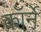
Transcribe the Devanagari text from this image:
कॉर्ने